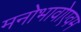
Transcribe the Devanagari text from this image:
मनोभावोएवम